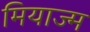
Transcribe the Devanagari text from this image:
मियाज्म